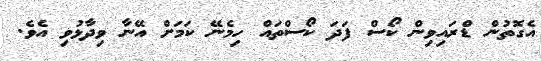
އެގޮތުން ޑްރައިވިން ކޯސް ފަދަ ކޯސްތައް ހިމެނޭ ކަމަށް އޭނާ ވިދާޅުވި އެވެ.